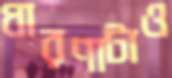
ধারণাটাও